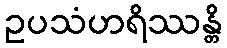
ဥပသံဟရိဿန္တိ